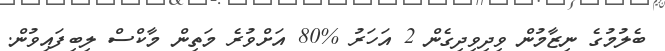
ބެލުމުގެ ނިޒާމުން ވިދިވިދިގެން 2 އަހަރު %80 އަށްވުރެ މަތިން މާކްސް ލިބިފައިވުން.